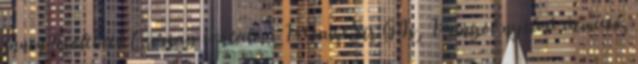
innen letölthető Csomag tartalma 1×GameSir G4s, 1×angol nyelvű útmutó,